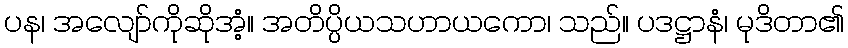
ပန၊ အလျော်ကိုဆိုအံ့။ အတိပ္ပိယသဟာယကော၊ သည်။ ပဒဋ္ဌာနံ၊ မုဒိတာ၏